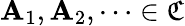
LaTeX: \mathbf{A}_{1},\mathbf{A}_{2},\cdots\in\mathfrak{{C}}